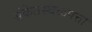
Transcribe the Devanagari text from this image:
संकेतस्थळपत्ता